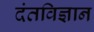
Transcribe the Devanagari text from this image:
दंतविज्ञान